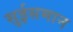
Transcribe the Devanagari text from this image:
सुईसमान